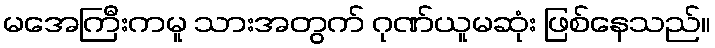
မအေကြီးကမူ သားအတွက် ဂုဏ်ယူမဆုံး ဖြစ်နေသည်။